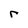
Character: r